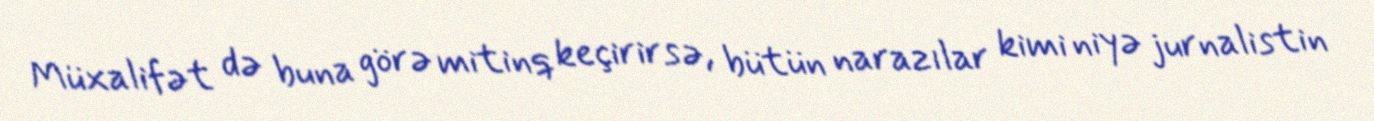
Müxalifət də buna görə mitinq keçirirsə, bütün narazılar kimi niyə jurnalistin